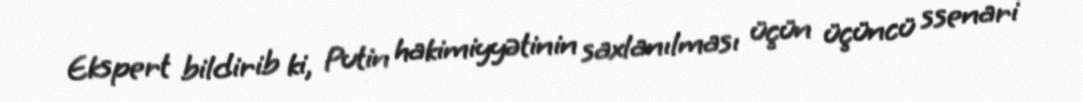
Ekspert bildirib ki, Putin hakimiyyətinin saxlanılması üçün üçüncü ssenari